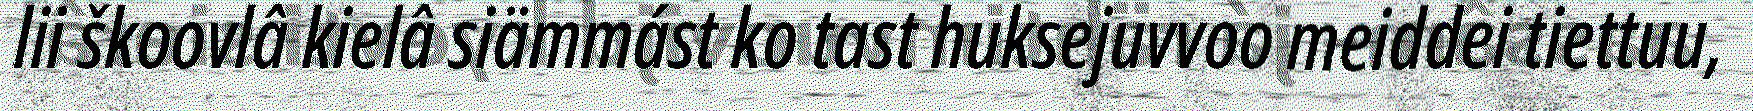
lii škoovlâ kielâ siämmást ko tast huksejuvvoo meiddei tiettuu,